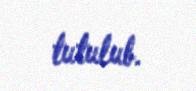
tutulub.